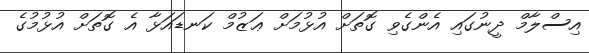
އިސްލާމް ދީނުގައި އެންގެވި ގޮތަށް އުޅުމަށް ޢަޒުމް ކަނޑައަޅާ އެ ގޮތަށް އުޅުމުގެ